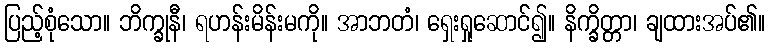
ပြည့်စုံသော။ ဘိက္ခုနီ၊ ရဟန်းမိန်းမကို။ အာဘတံ၊ ရှေးရှုဆောင်၍။ နိက္ခိတ္တာ၊ ချထားအပ်၏။